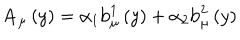
\mathbf { A } _ { \mu } \left( y \right) = \alpha _ { 1 } \mathrm { b } _ { \mu } ^ { 1 } \left( y \right) + \alpha _ { 2 } \mathrm { b } _ { \mu } ^ { 2 } \left( y \right)